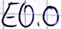
Text: E0.0